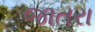
જાતરા